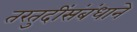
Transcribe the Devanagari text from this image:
तरतुदींसंबंधाने